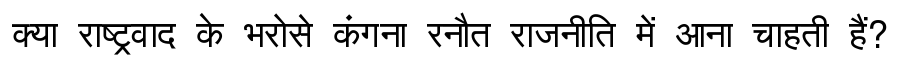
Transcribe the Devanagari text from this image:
क्या राष्ट्रवाद के भरोसे कंगना रनौत राजनीति में आना चाहती हैं?